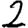
Digit: 2